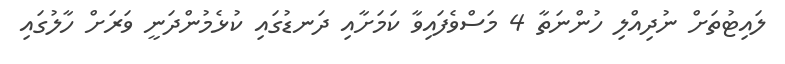
ލައިޓުތަށް ނުދިއްލި ހުންނަތާ 4 މަސްވެފައިވާ ކަމަށާއި ދަނޑުގައި ކުޅެމުންދަނީ ވަރަށް ހާލުގައި